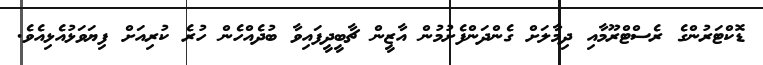
ޑޮކްޓަރުންގެ ރެސްޓްރޫމާއި ދިމާލަށް ގެންދަންފެށުމުން އާޒީން ޗާބީދީފައިވާ ބުދެއްހެން ހުރެ ކުރިއަށް ފިޔަވަޅުއެޅިއެވެ.